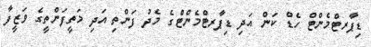
ޑިޕާރޓްމެންޓް ހެޑް ކަން އަދި ޑިޕާރޓްމެންޓްެގެ މެދު ފަންތި އަދި މަތީފަންތީގެ ވަޒީފާ